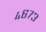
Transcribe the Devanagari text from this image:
४६७३